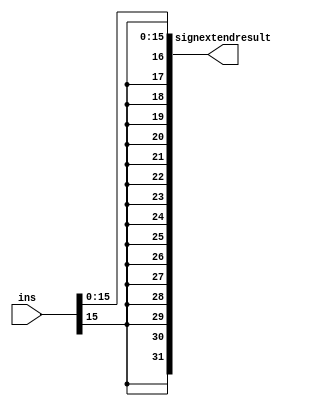
//`timescale 1ps/1ps

module signextend(input [31:0] ins, 
                  output [31:0] signextendresult);
    wire [15:0]                 immediate;
    assign immediate = ins[15:0];
    
    assign signextendresult = {{16{immediate[15]}},immediate};
endmodule // signextend